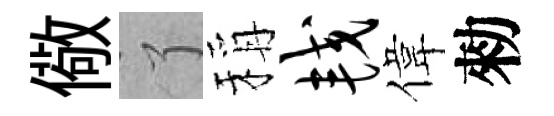
儆了稱较偉勑